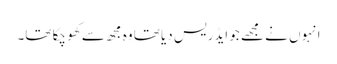
انہوں نے مجھے جو ایڈریس دیا تھا وہ مجھ سے کھو چکا تھا۔